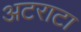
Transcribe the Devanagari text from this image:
अटराटा